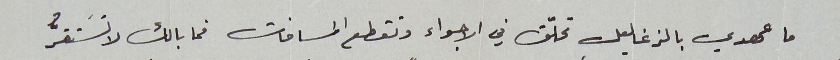
ما عهدي بالزغاليل تحلّق في الاجواء وتقطع المسافات فما بالك لا تسَتقرُّ